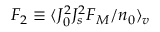
F _ { 2 } \equiv \langle J _ { 0 } ^ { 2 } J _ { s } ^ { 2 } F _ { M } / n _ { 0 } \rangle _ { v }